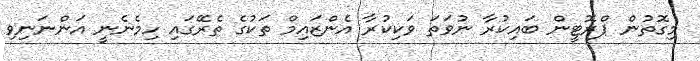
މިގޮތުން ޕްރޮޓީން ބައިކުރާ ނުވަތަ ވަކިކުރާ އެންޒައިމް ތަކުގެ ތެރޭގައި ހިމެނެނީ އަންނަނިވި